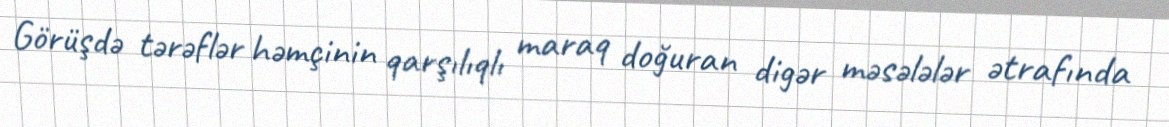
Görüşdə tərəflər həmçinin qarşılıqlı maraq doğuran digər məsələlər ətrafında